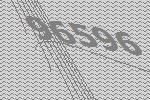
96596